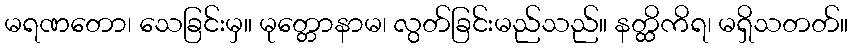
မရဏတော၊ သေခြင်းမှ။ မုတ္တောနာမ၊ လွတ်ခြင်းမည်သည်။ နတ္ထိကိရ၊ မရှိသတတ်။